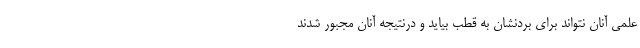
علمی آنان نتواند برای بردنشان به قطب بیاید و درنتیجه آنان مجبور شدند